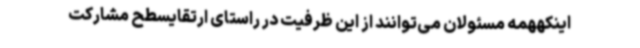
اینکههمه مسئولان می‌توانند از این ظرفیت در راستای ارتقایسطح مشارکت